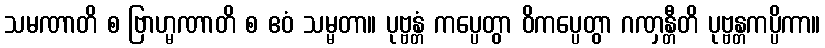
သမဏာတိ စ ဗြာဟ္မဏာတိ စ ဧဝံ သမ္မတာ။ ပုဗ္ဗန္တံ ကပ္ပေတွာ ဝိကပ္ပေတွာ ဂဏှန္တီတိ ပုဗ္ဗန္တကပ္ပိကာ။